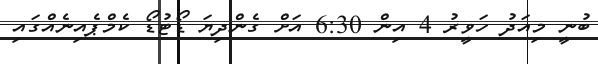
ބުނީ މިއަދު ހަވީރު 4 އިން 6:30 އަށް ގެންދިޔަ ޑޯޓުޑޯ ކެމްޕެއިނެއްގައި